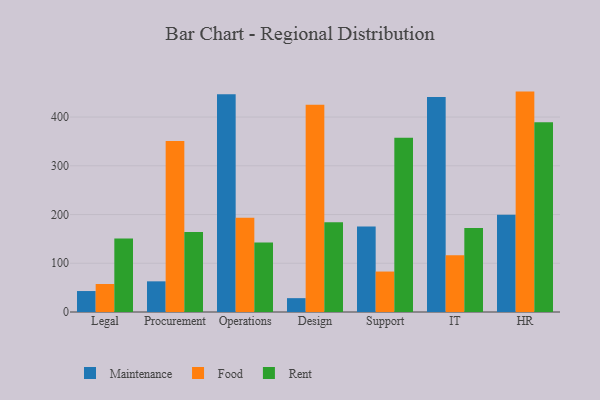
{"axis": {"x": "Department", "y": "Production Output"}, "legend": ["Food", "Maintenance", "Rent"], "data": [{"x": "Legal", "y": 43.0, "type": "Maintenance"}, {"x": "Legal", "y": 57.4, "type": "Food"}, {"x": "Legal", "y": 150.7, "type": "Rent"}, {"x": "Procurement", "y": 62.9, "type": "Maintenance"}, {"x": "Procurement", "y": 351.0, "type": "Food"}, {"x": "Procurement", "y": 164.2, "type": "Rent"}, {"x": "Operations", "y": 446.9, "type": "Maintenance"}, {"x": "Operations", "y": 193.5, "type": "Food"}, {"x": "Operations", "y": 142.6, "type": "Rent"}, {"x": "Design", "y": 28.4, "type": "Maintenance"}, {"x": "Design", "y": 425.3, "type": "Food"}, {"x": "Design", "y": 183.9, "type": "Rent"}, {"x": "Support", "y": 175.2, "type": "Maintenance"}, {"x": "Support", "y": 83.0, "type": "Food"}, {"x": "Support", "y": 357.4, "type": "Rent"}, {"x": "IT", "y": 441.2, "type": "Maintenance"}, {"x": "IT", "y": 116.5, "type": "Food"}, {"x": "IT", "y": 172.1, "type": "Rent"}, {"x": "HR", "y": 199.3, "type": "Maintenance"}, {"x": "HR", "y": 452.2, "type": "Food"}, {"x": "HR", "y": 389.2, "type": "Rent"}]}